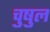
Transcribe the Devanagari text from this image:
चुषुल